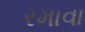
રમાવા